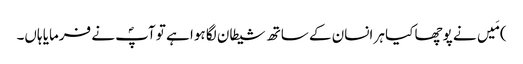
) مَیں نے پوچھا کیا ہر انسان کے ساتھ شیطان لگا ہوا ہے تو آپؐ نے فرمایا ہاں۔